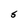
Character: S